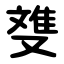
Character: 﨎